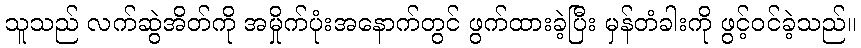
သူသည် လက်ဆွဲအိတ်ကို အမှိုက်ပုံးအနောက်တွင် ဖွက်ထားခဲ့ပြီး မှန်တံခါးကို ဖွင့်ဝင်ခဲ့သည်။